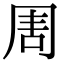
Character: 𠱬